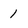
Character: 1